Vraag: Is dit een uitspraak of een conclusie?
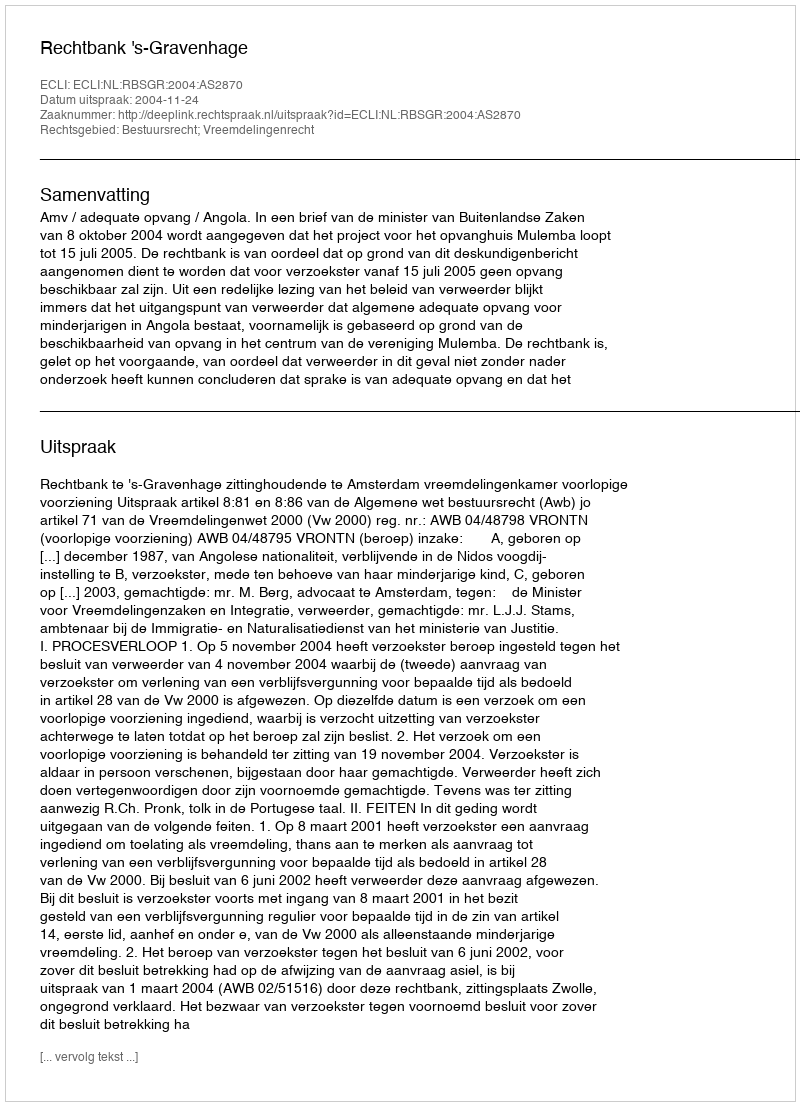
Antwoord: Uitspraak